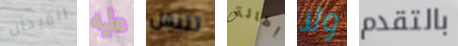
الميدان عليه تتنقل إطالة ولا بالتقدم